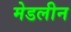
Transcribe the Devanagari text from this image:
मेडलीन